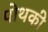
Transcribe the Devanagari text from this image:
पोथकी